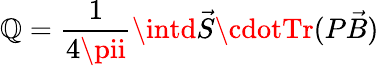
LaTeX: \mathbb{Q}=\frac{{1}}{{4\pii}}\intd\vec{{S}}\cdotTr(P\vec{{B}})